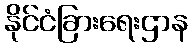
နိုင်ငံခြားရေးဌာန